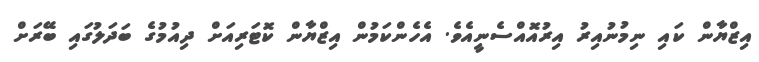
އިޒްޔާން ކައި ނިމުނުއިރު އިރުއޮއްސެނީއެވެ. އެހެންކަމުން އިޒްޔާން ކޮޓަރިއަށް ދިއުމުގެ ބަދަލުގައި ބޭރަށް